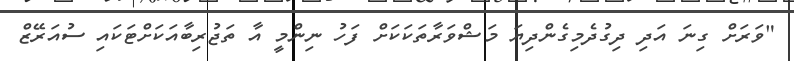
"ވަރަށް ގިނަ އަދި ދިގުދެމިގެންދިޔަ މަޝްވަރާތަކަކަށް ފަހު ނިންމީ އާ ތަޖުރިބާއަކަށްޓަކައި ސުއަރޭޒް